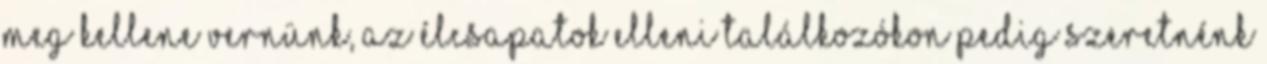
meg kellene vernünk, az élcsapatok elleni találkozókon pedig szeretnénk